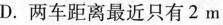
D.两车距离最近只有2m